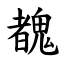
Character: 䰩